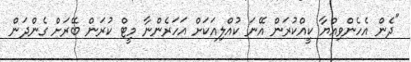
"ދެން އެހެންވިއްޔާ ކީއްކުރަން އޭނަ ކުއްލިއަކަށް އަހަރެންނާ މީޓް ކުރަން ބޭރަށް ގެންދަން